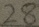
2 8